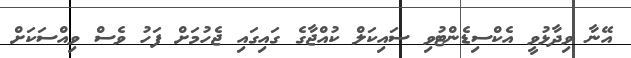
އޭނާ ވިދާޅުވީ އެކްސިޑެންޓުވި ސައިކަލް ކުއްޖާގެ ގައިގައި ޖެހުމަށް ފަހު ވެސް ވިއްސަކަށް